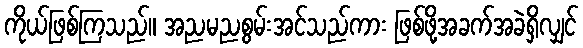
ကိုယ်ဖြစ်ကြသည်။ အညမညစွမ်းအင်သည်ကား ဖြစ်ဖို့အခက်အခဲရှိလျှင်